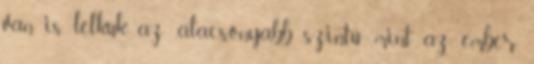
van is lelkük az „alacsonyabb szintű”, mint az ember